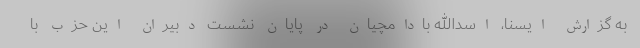
به گزارش ایسنا، اسدالله بادامچیان در پایان نشست دبیران این حزب با